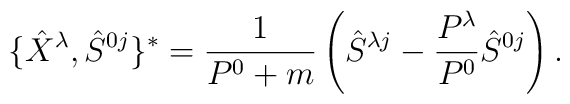
\{\hat X^\lambda,\hat S^{0j}\}^*=\frac{1}{P^0+m}  \left(\hat S^{\lambda j}-\frac{P^\lambda}{P^0}\hat S^{0 j}\right).